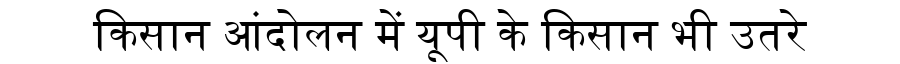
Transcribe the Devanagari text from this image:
किसान आंदोलन में यूपी के किसान भी उतरे